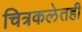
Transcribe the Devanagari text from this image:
चित्रकलेतही